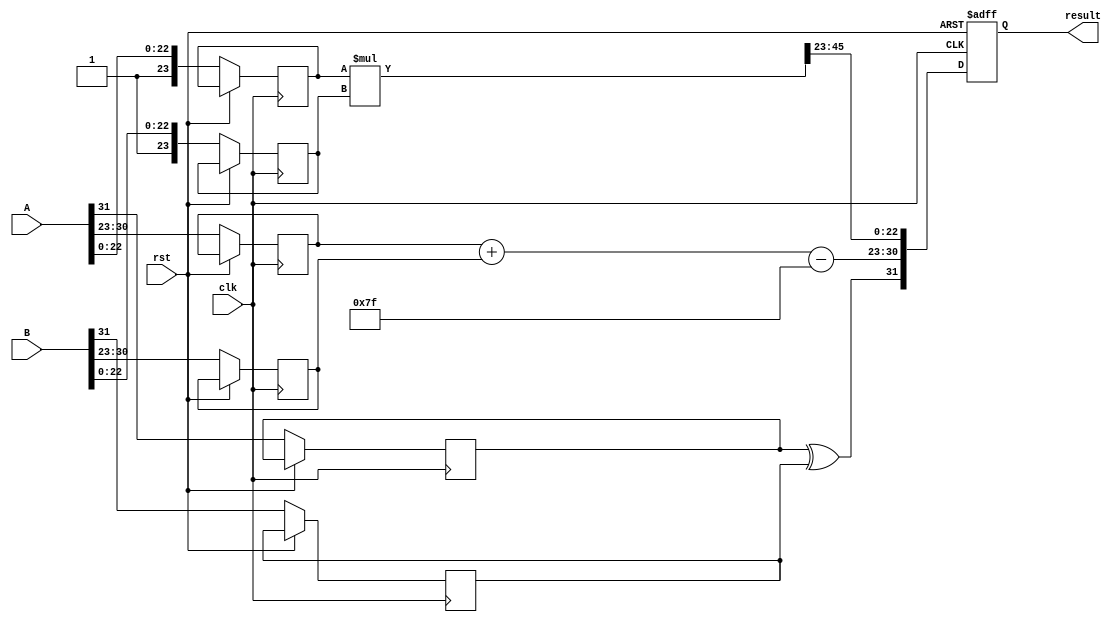
module radix4_fp_multiplier #(
    parameter E = 8, // Number of bits for exponent
    parameter M = 23 // Number of bits for mantissa (for single precision)
)(
    input wire clk,
    input wire rst,
    input wire [E + M:0] A, // IEEE 754 floating-point number A
    input wire [E + M:0] B, // IEEE 754 floating-point number B
    output reg [E + M:0] result // Resulting floating-point number
);

    // Constants
    localparam BIAS = (1 << (E - 1)) - 1;

    // Internal signals
    reg sign_A, sign_B, result_sign;
    reg [E-1:0] exponent_A, exponent_B, result_exponent;
    reg [M:0] mantissa_A, mantissa_B, product_mantissa;
    reg [M + M:0] temp_product; // Intermediate product
    reg [E:0] adjusted_exponent; // Adjusted for normalization later

    // Extract sign, exponent, and mantissa
    always @(posedge clk or posedge rst) begin
        if (rst) begin
            result <= 0;
        end else begin
            sign_A <= A[E + M];
            exponent_A <= A[E + M - 1:E + M - E];
            mantissa_A <= {1'b1, A[M - 1:0]}; // Implicit leading 1

            sign_B <= B[E + M];
            exponent_B <= B[E + M - 1:E + M - E];
            mantissa_B <= {1'b1, B[M - 1:0]}; // Implicit leading 1

            // Perform radix-4 multiplication
            temp_product = mantissa_A * mantissa_B;

            // Normalize and calculate the resulting exponent
            adjusted_exponent = exponent_A + exponent_B - BIAS;
            product_mantissa = temp_product[M + M - 1:M];

            // Check for normalization
            if (product_mantissa[M + M] == 1) begin
                // Shift right for normalization
                product_mantissa = product_mantissa >> 1;
                adjusted_exponent = adjusted_exponent + 1;
            end

            // Calculate the result sign
            result_sign = sign_A ^ sign_B;

            // Final exponent and mantissa assignment
            result_exponent = adjusted_exponent;
            result <= {result_sign, result_exponent[E-1:0], product_mantissa[M-1:0]};
        end
    end
endmodule